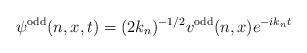
LaTeX: \begin{align*}\psi^{\rm odd}(n,x,t) = (2 k_n)^{-1/2 }v^{\rm odd}(n,x) e^{-i k_n t}\end{align*}